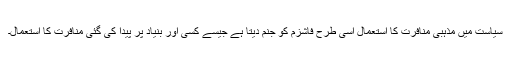
سیاست میں مذہبی منافرت کا استعمال اسی طرح فاشزم کو جنم دیتا ہے جیسے کسی اور بنیاد پر پیدا کی گئی منافرت کا استعمال۔